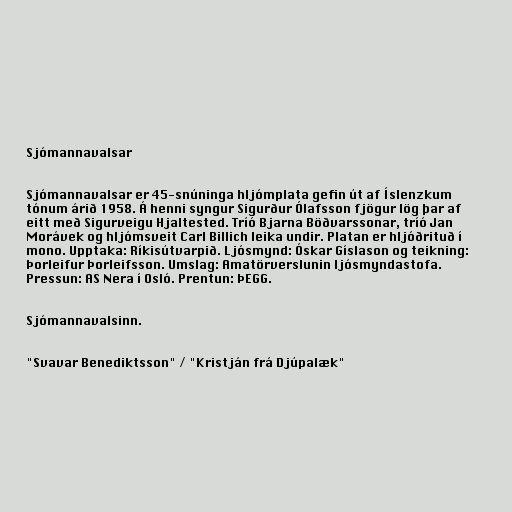
Sjómannavalsar

Sjómannavalsar er 45-snúninga hljómplata gefin út af Íslenzkum
tónum árið 1958. Á henni syngur Sigurður Ólafsson fjögur lög þar af
eitt með Sigurveigu Hjaltested. Tríó Bjarna Böðvarssonar, tríó Jan
Morávek og hljómsveit Carl Billich leika undir. Platan er hljóðrituð í
mono. Upptaka: Ríkisútvarpið. Ljósmynd: Óskar Gíslason og teikning:
Þorleifur Þorleifsson. Umslag: Amatörverslunin ljósmyndastofa.
Pressun: AS Nera í Osló. Prentun: ÞEGG.

Sjómannavalsinn.

"Svavar Benediktsson" / "Kristján frá Djúpalæk"